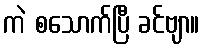
ကဲ စသောက်ပြီ ခင်ဗျာ။